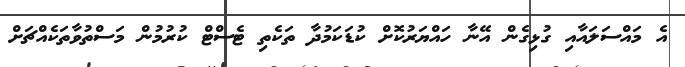
އެ މައްސަލައާއި ގުޅިގެން އޭނާ ހައްޔަރުކޮށް ކުޑަކަމުދާ ތަކެތި ޓެސްޓް ކުރުމުން މަސްތުވާތަކެއްޗަށް